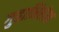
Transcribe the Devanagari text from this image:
गुहाभिलेख